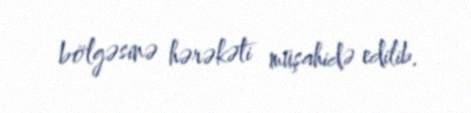
bölgəsinə hərəkəti müşahidə edilib.